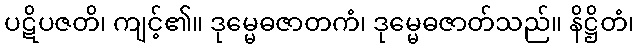
ပဋိပဇတိ၊ ကျင့်၏။ ဒုမ္မေဓဇာတကံ၊ ဒုမ္မေဓဇာတ်သည်။ နိဋ္ဌိတံ၊